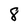
Character: 8